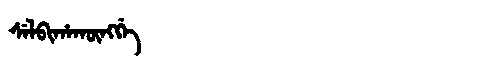
Manchu: ᠰᡝᠯᠪᡳᡥᠠᡴᡡᠩᡤᡝ
Romanization: SELBIHAKŪNGGE